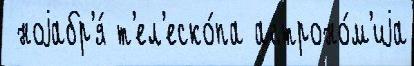
 ноjабр'я́ т'ел'еско́па астроно́м'иjа